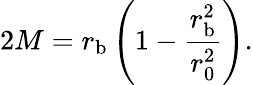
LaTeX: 2M=r_{\mathrm{b}}\left(1-\frac{r_{\mathrm{b}}^{2}}{r_{0}^{2}}\right).